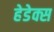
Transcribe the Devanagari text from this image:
हेडेक्स